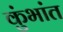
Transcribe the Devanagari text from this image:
कुंभांत